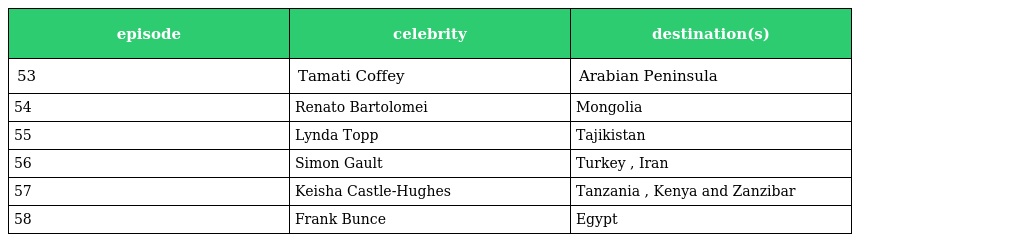
| episode | celebrity | destination(s) |
 | --- | --- | --- |
 | 53 | Tamati Coffey | Arabian Peninsula |
 | 54 | Renato Bartolomei | Mongolia |
 | 55 | Lynda Topp | Tajikistan |
 | 56 | Simon Gault | Turkey , Iran |
 | 57 | Keisha Castle-Hughes | Tanzania , Kenya and Zanzibar |
 | 58 | Frank Bunce | Egypt |